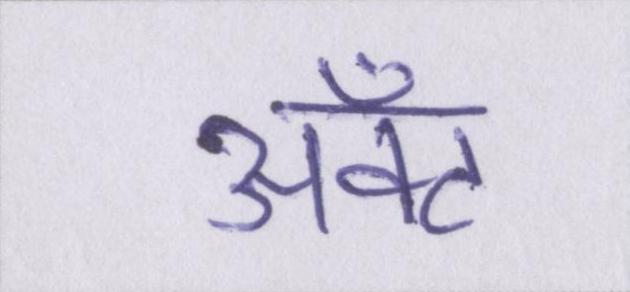
ॲक्ट